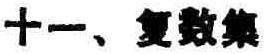
十一、复数集